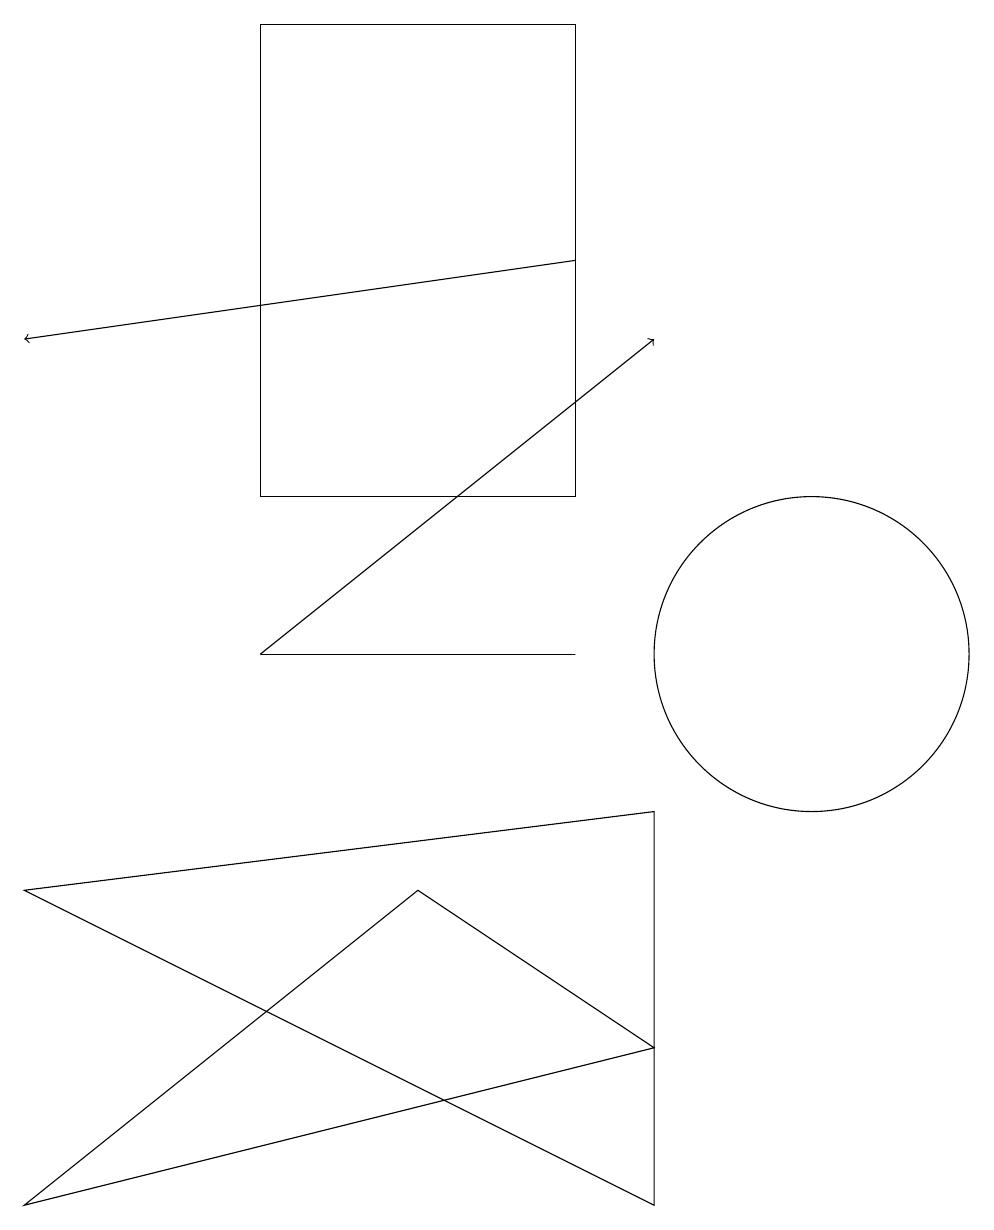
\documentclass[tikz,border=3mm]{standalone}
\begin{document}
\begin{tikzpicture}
\draw (1,7) -- (9,3) -- (9,8) -- cycle;
\draw (11,10) circle (2);
\draw (8,10) rectangle (4,10);
\draw[->] (4,10) -- (9,14);
\draw (6,7) -- (1,3) -- (9,5) -- cycle;
\draw[->] (8,15) -- (1,14);
\draw (8,12) rectangle (4,18);
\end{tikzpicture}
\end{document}